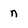
Character: n